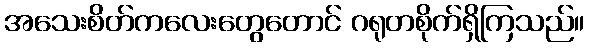
အသေးစိတ်ကလေးတွေတောင် ဂရုတစိုက်ရှိကြသည်။